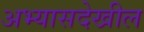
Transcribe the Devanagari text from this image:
अभ्यासदेखील